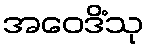
အဝေဒိံသု